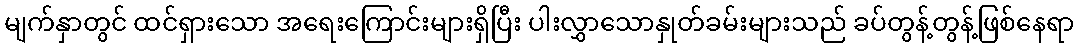
မျက်နှာတွင် ထင်ရှားသော အရေးကြောင်းများရှိပြီး ပါးလွှာသောနှုတ်ခမ်းများသည် ခပ်တွန့်တွန့်ဖြစ်နေရာ